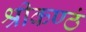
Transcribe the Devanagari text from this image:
श्रीकण्ठं